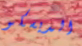
الديسكو